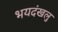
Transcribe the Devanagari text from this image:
भयदंखलु